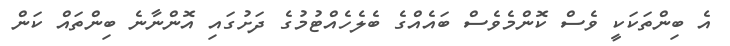
އެ ބިންތަކަކީ ވެސް ކޮންމެވެސް ބައެއްގެ ބެލެހެއްޓުމުގެ ދަށުގައި އޮންނާނެ ބިންތައް ކަން